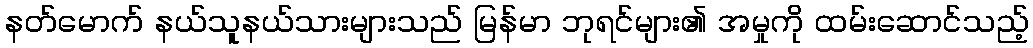
နတ်မောက် နယ်သူနယ်သားများသည် မြန်မာ ဘုရင်များ၏ အမှုကို ထမ်းဆောင်သည့်